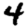
Digit: 4